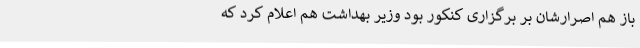
باز هم اصرارشان بر برگزاری کنکور بود وزیر بهداشت هم اعلام کرد که